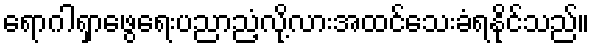
ရောဂါရှာဖွေရေးပညာညံ့လို့လားအထင်သေးခံရနိုင်သည်။